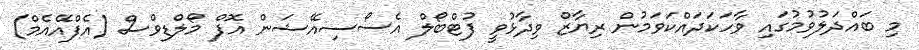
މި ބައްދަލުވުމުގައި ވާހަަކަދައްކަވަމުން ރިޔާޒް ވިދާޅުވީ ފުޓްބޯލް އެސޯސިއޭޝަން އޮފް މޯލްޑިވްސް (އެފްއޭއެމް)